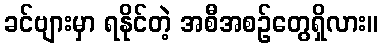
ခင်ဗျားမှာ ရနိုင်တဲ့ အစီအစဉ်တွေရှိလား။